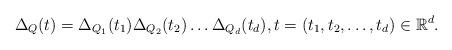
LaTeX: \begin{align*}\Delta_Q(t)=\Delta_{Q_1}(t_1)\Delta_{Q_2}(t_2)\ldots\Delta_{Q_d}(t_d),t=(t_1, t_2, \ldots, t_d)\in\mathbb{R}^d.\end{align*}